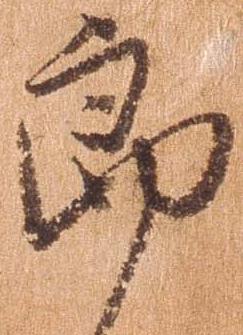
郎